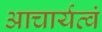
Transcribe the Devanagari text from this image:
आचार्यत्वं